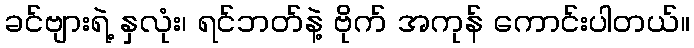
ခင်ဗျားရဲ့ နှလုံး၊ ရင်ဘတ်နဲ့ ဗိုက် အကုန် ကောင်းပါတယ်။